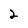
Character: 2